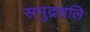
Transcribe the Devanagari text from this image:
समुद्रशलि